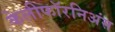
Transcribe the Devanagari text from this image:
केलीफॉरनिअंस